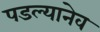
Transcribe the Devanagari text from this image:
पडल्यानेव